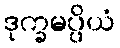
ဒုက္ခမပ္ပိယံ